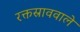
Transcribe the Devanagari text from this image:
रक्तस्राववाले